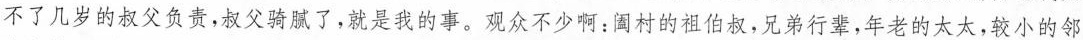
不了几岁的叔父负责，叔父骑腻了，就是我的事。观众不少啊：阖村的祖伯叔，兄弟行辈，年老的太太，较小的邻